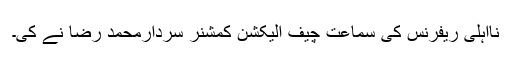
نااہلی ریفرنس کی سماعت چیف الیکشن کمشنر سردارمحمد رضا نے کی۔